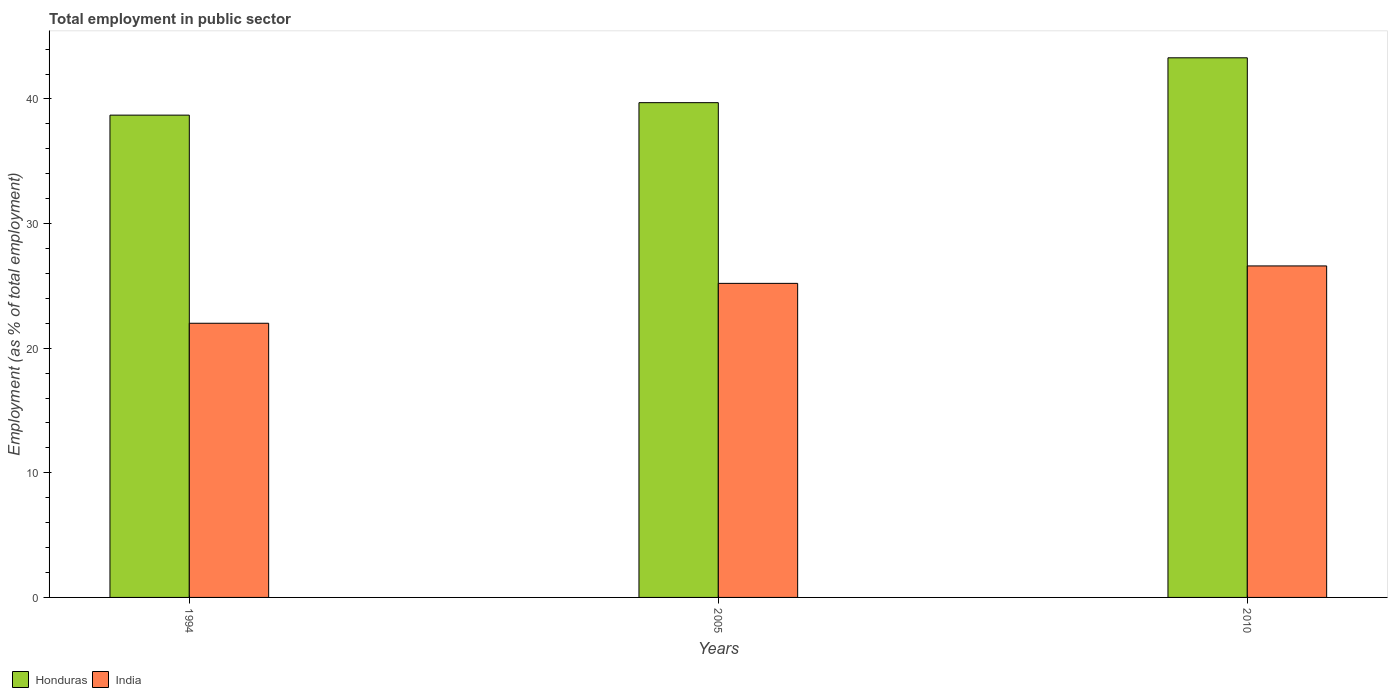
| Years | Honduras | India |
 | --- | --- | --- |
 | 1994 | 38.7 | 22 |
 | 2005 | 39.7 | 25.2 |
 | 2010 | 43.3 | 26.6 |